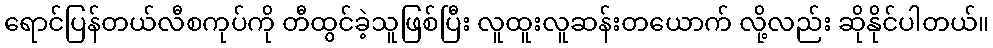
ရောင်ပြန်တယ်လီစကုပ်ကို တီထွင်ခဲ့သူဖြစ်ပြီး လူထူးလူဆန်းတယောက် လို့လည်း ဆိုနိုင်ပါတယ်။